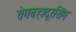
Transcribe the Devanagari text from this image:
तेगबहादूरसिंग